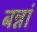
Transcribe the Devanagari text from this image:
बन्नां